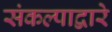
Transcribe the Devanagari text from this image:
संकल्पाद्वारे